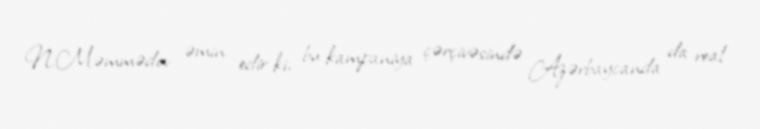
N.Məmmədov əmin edir ki, bu kampaniya çərçivəsində Azərbaycanda da real